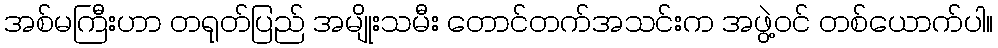
အစ်မကြီးဟာ တရုတ်ပြည် အမျိုးသမီး တောင်တက်အသင်းက အဖွဲ့ဝင် တစ်ယောက်ပါ။